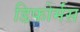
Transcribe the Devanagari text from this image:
डिफोर्मंस